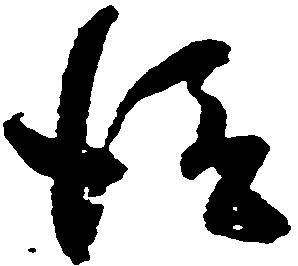
従